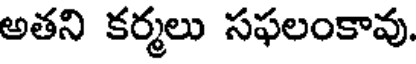
అతని కర్మలు సఫలంకావు.